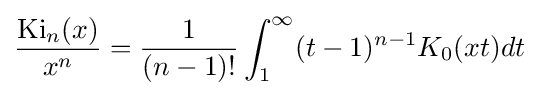
{\frac {\operatorname {Ki} _{n}(x)}{x^{n}}}={\frac {1}{(n-1)!}}\int _{1}^{\infty }(t-1)^{n-1}K_{0}(xt)dt